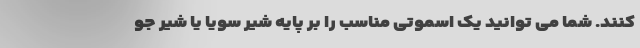
کنند. شما می توانید یک اسموتی مناسب را بر پایه شیر سویا یا شیر جو